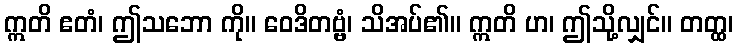
ဣတိ ဧတံ၊ ဤသဘော ကို။ ဝေဒိတဗ္ဗံ၊ သိအပ်၏။ ဣတိ ဟ၊ ဤသို့လျှင်။ တတ္ထ၊